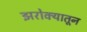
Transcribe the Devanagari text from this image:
झरोक्यातून